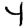
Digit: 4